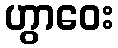
ဟွာဝေး